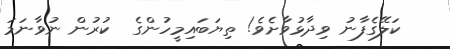
ކަލޭގެފާނު ވިދާޅުވާށެވެ! ތިޔަބައިމީހުންގެ  ކުރުން ނުވާނަމަ